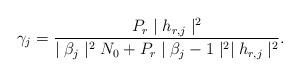
LaTeX: \begin{align*}\gamma_{j}=\frac{P_r\mid h_{r,j}\mid^2}{\mid\beta_j\mid^2N_0+P_r\mid\beta_j-1\mid^2\mid h_{r,j}\mid^2}.\end{align*}